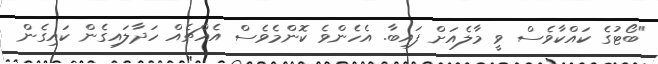
"ބޯޓުގެ ކައްކާވެސް ވީ މާލެއަށް ފައިބާ. އެހެންވެ ކޮންމެވެސް އެއްޗެއް ހަދާލައިގެން ކައިގެން